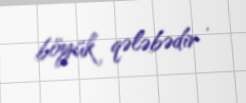
böyük qələbədir .